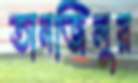
তানজিলুর